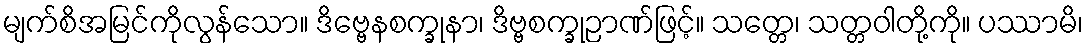
မျက်စိအမြင်ကိုလွန်သော။ ဒိဗ္ဗေနစက္ခုနာ၊ ဒိဗ္ဗစက္ခုဉာဏ်ဖြင့်။ သတ္တေ၊ သတ္တဝါတို့ကို။ ပဿာမိ၊